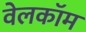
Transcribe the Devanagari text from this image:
वेलकॉम